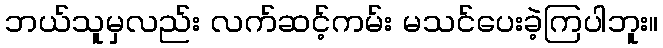
ဘယ်သူမှလည်း လက်ဆင့်ကမ်း မသင်ပေးခဲ့ကြပါဘူး။